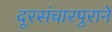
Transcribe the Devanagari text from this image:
दूरसंचारपुराने